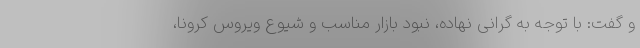
و گفت: با توجه به گرانی نهاده، نبود بازار مناسب و شیوع ویروس کرونا،